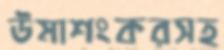
উমাশংকরসহ